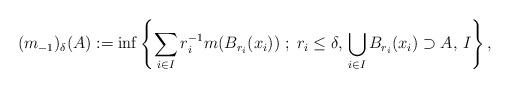
LaTeX: \begin{align*} (m_{-1})_{\delta}(A):=\inf\left\{\sum_{i\in I}r_i^{-1}m(B_{r_i}(x_i))\;;\;r_i\leq \delta,\,\bigcup_{i\in I}B_{r_i}(x_i)\supset A,\,I\right\}, \end{align*}